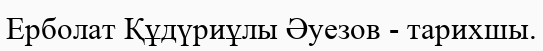
Ерболат Құдүриұлы Әуезов - тарихшы.